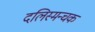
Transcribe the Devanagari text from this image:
दलिस्मन्चक